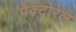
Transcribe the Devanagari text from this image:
पेक्टोरेल